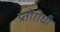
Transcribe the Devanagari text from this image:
प्रतीरोधी